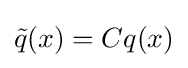
{\tilde {q}}(x)=Cq(x)